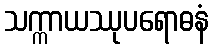
သက္ကာယဿုပရောဓနံ